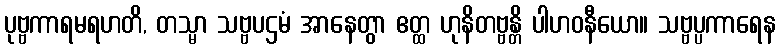
ပုဗ္ဗကာရမရဟတိ, တသ္မာ သဗ္ဗပဌမံ အာနေတွာ ဧတ္ထ ဟုနိတဗ္ဗန္တိ ပါဟဝနီယော။ သဗ္ဗပ္ပကာရေန